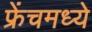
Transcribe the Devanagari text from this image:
फ्रेंचमध्ये